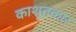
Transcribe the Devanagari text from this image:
काश्‍तकार